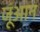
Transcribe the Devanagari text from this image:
जूंआन